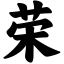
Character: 荣